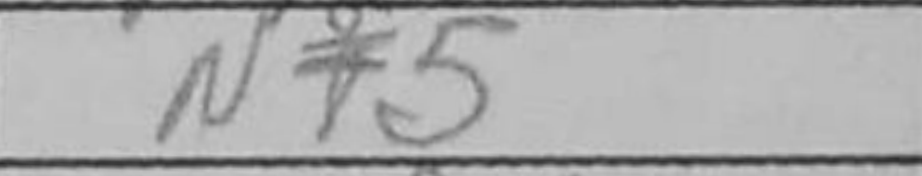
Transcription: Nf5